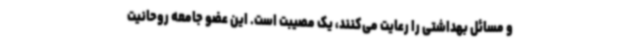
و مسائل بهداشتی را رعایت می‌کنند، یک مصیبت است. این عضو جامعه روحانیت